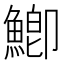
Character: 鯽